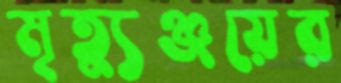
মৃত্যুঞ্জয়ের